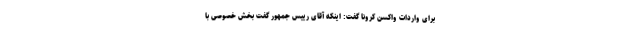
برای واردات واکسن کرونا گفت: اینکه آقای رییس جمهور گفت بخش خصوصی با